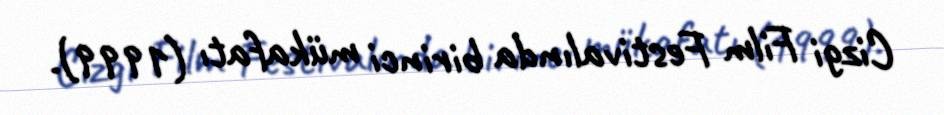
Cizgi Film Festivalında birinci mükafatı (1999).